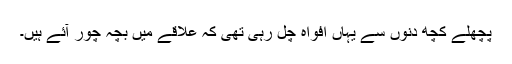
پچھلے کچھ دنوں سے یہاں افواہ چل رہی تھی کہ علاقے میں بچہ چور آئے ہیں۔